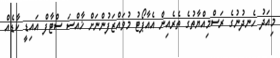
މިއަދު ހެނދުނުގެ ރަސްމިއްޔާތުގެ ތެރެއިން އެއާޕޯޓު މުވައްޒަފުންނަށް ޚާއްސަ ސްޓާފް އައިޑީ ކާޑެެއް